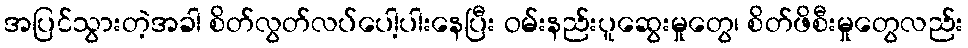
အပြင်သွားတဲ့အခါ စိတ်လွတ်လပ်ပေါ့ပါးနေပြီး ဝမ်းနည်းပူဆွေးမှုတွေ၊ စိတ်ဖိစီးမှုတွေလည်း